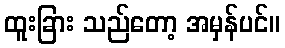
ထူးခြား သည်တော့ အမှန်ပင်။